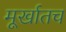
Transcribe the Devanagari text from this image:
मूर्खातच